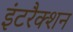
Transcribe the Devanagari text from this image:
इंटरैक्शन